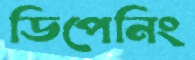
ডিপেনিং